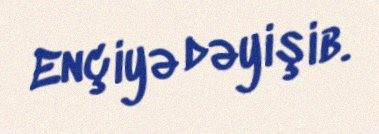
Ençiyə dəyişib.